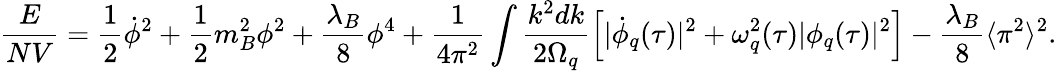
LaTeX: \frac{E}{NV}=\frac{1}{2}\dot{\phi}^{2}+\frac{1}{2}m_{B}^{2}\phi^{2}+\frac{\lambda_{B}}{8}\phi^{4}+\frac{1}{4\pi^{2}}\int\frac{k^{2}dk}{2\Omega_{q}}\left[|\dot{\phi}_{q}(\tau)|^{2}+\omega_{q}^{2}(\tau)|\phi_{q}(\tau)|^{2}\right]-\frac{\lambda_{B}}{8}\langle\pi^{2}\rangle^{2}.